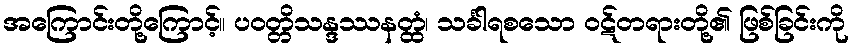
အကြောင်းတို့ကြောင့်။ ပဝတ္တိသန္ဒဿနတ္ထံ၊ သင်္ခါရစသော ဝဋ်တရားတို့၏ ဖြစ်ခြင်းကို